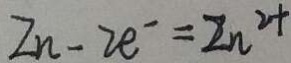
Z n - 2 e ^ { - } = z n ^ { 2 + }